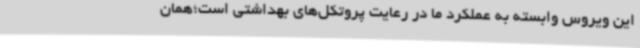
این ویروس وابسته به عملکرد ما در رعایت پروتکل‌های بهداشتی است؛همان